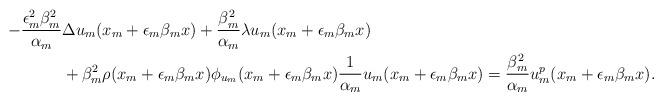
LaTeX: \begin{align*}-\frac{\epsilon_m^2\beta_m^2}{\alpha_m}&\Delta u_m(x_m +\epsilon_m\beta_mx)+\frac{\beta_m^2}{\alpha_m}\lambda u_m(x_m +\epsilon_m\beta_mx)\\&+\beta_m^2\rho(x_m +\epsilon_m\beta_mx)\phi_{u_m}(x_m +\epsilon_m\beta_mx)\frac{1}{\alpha_m}u_m(x_m +\epsilon_m\beta_mx)=\frac{\beta_m^2}{\alpha_m}u_m^p(x_m +\epsilon_m\beta_mx).\\\end{align*}